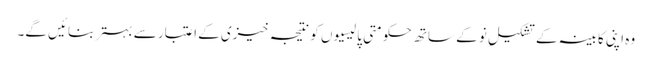
وہ اپنی کابینہ کے تشکیلِ نو کے ساتھ حکومتی پالیسیوں کو نتیجہ خیزی کے اعتبار سے بہتر بنائیں گے۔